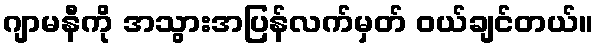
ဂျာမနီကို အသွားအပြန်လက်မှတ် ဝယ်ချင်တယ်။